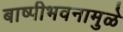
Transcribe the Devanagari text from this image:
बाष्पीभवनामुळे